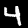
Digit: 4